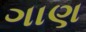
ગાણ